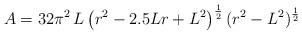
LaTeX: \begin{align*}A=32\pi^2\,L\left(r^{2}-2.5Lr +L^2\right)^{\frac{1}{2}}(r^2-L^2)^{\frac{1}{2}}\end{align*}